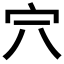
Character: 𡧆